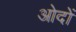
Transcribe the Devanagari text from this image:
ओदों